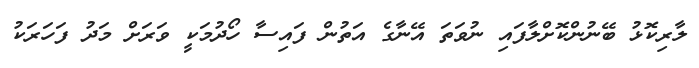
ލާރިކޮޅު ބޭނުންކޮށްލާފައި ނުވަތަ އޭނާގެ އަތުން ފައިސާ ހޯދުމަކީ ވަރަށް މަދު ފަހަރަކު